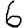
Digit: 6